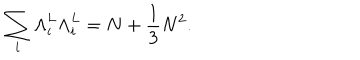
LaTeX: \sum _ { i } { \Lambda } _ { i } ^ { L } { \Lambda } _ { i } ^ { L } = N + \frac { 1 } { 3 } N ^ { 2 } .